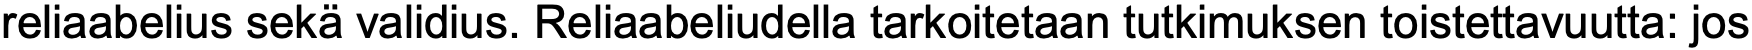
reliaabelius sekä validius. Reliaabeliudella tarkoitetaan tutkimuksen toistettavuutta: jos